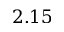
2 . 1 5